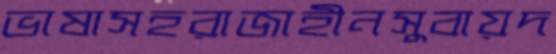
ভাষাসহরাজাহীনসুবায়দ